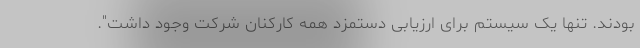
بودند. تنها یک سیستم برای ارزیابی دستمزد همه کارکنان شرکت وجود داشت".